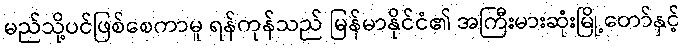
မည်သို့ပင်ဖြစ်စေကာမူ ရန်ကုန်သည် မြန်မာနိုင်ငံ၏ အကြီးမားဆုံးမြို့တော်နှင့်